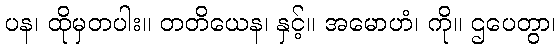
ပန၊ ထိုမှတပါး။ တတိယေန၊ နှင့်။ အမောဟံ၊ ကို။ ဌပေတွာ၊